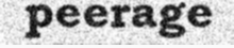
peerage